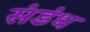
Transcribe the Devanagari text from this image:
संडंध